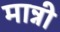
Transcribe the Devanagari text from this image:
मान्नी